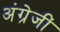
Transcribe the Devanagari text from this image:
अंग्रेजीं